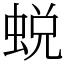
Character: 蜕